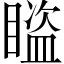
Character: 𥋕